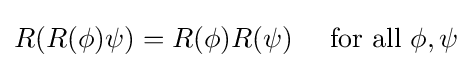
R(R(\phi )\psi )=R(\phi )R(\psi )\quad {\text{ for all }}\phi ,\psi